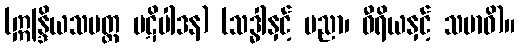
(ဣန္ဒြိယသမတ္တ ပဋိပါဒန) (သဒ္ဓါနှင့် ပညာ၊ ဝီရိယနှင့် သမာဓိ)။